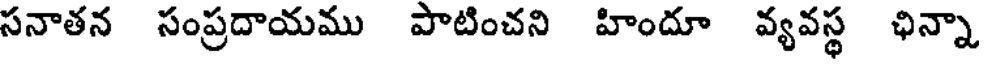
సనాతన సంప్రదాయము పాటించని హిందూ వ్యవస్థ ఛిన్నా